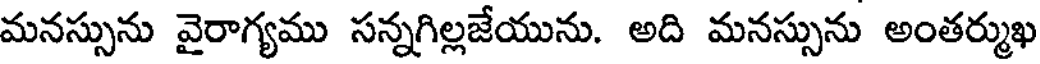
మనస్సును వైరాగ్యము సన్నగిల్లజేయును. అది మనస్సును అంతర్ముఖ